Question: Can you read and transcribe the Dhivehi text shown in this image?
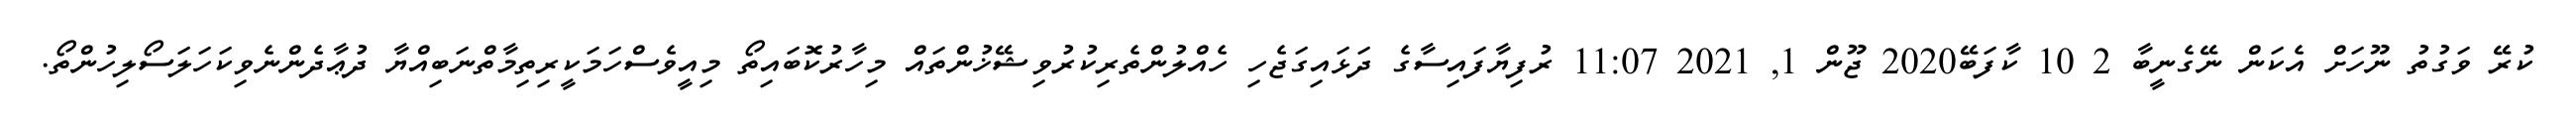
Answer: ކުރޭ ވަގުތު ނޫހަށް އެކަން ނޭގެނީބާ 2 10 ކާފަބޭ2020 ޖޫން 1, 2021 11:07 ރުފިޔާފައިސާގެ ދަޅައިގަޖެހި ހެއްލުންތެރިކުރުވިޝޭޚުންތައް މިހާރުކޮބައިތޯ މިއީވެސްހަމަކީރިތިމާތްނަބިއްޔާ ދުޢާދެންނެވިކަހަލަސޯލިހުންތޯ.